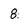
Character: 8